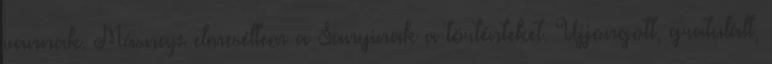
vannak. Másnap elmeséltem a Sanyinak a történteket. Ujjongott, gratulált,